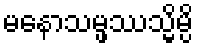
မနောသမ္ဖဿသ္မိမ္ပိ